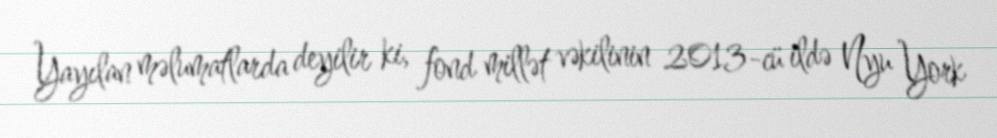
Yayılan məlumatlarda deyilir ki, fond millət vəkilinin 2013-cü ildə Nyu York